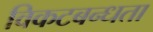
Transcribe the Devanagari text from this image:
विकटबन्धता